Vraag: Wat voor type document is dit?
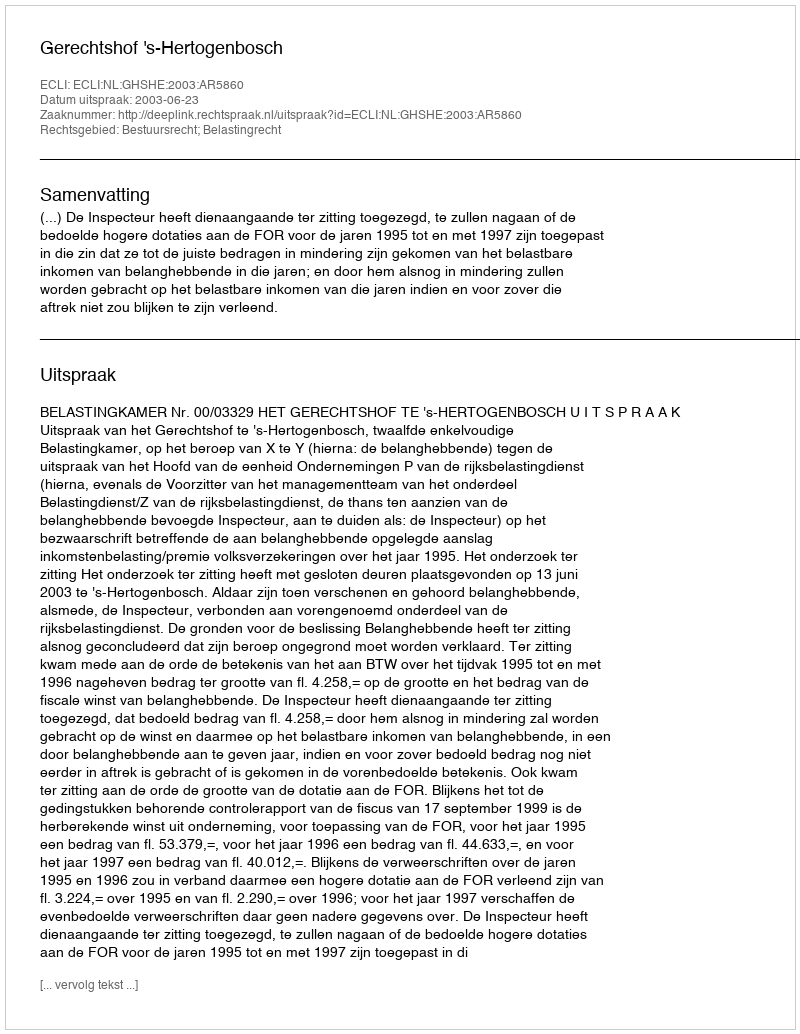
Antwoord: Uitspraak